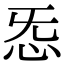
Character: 㤅